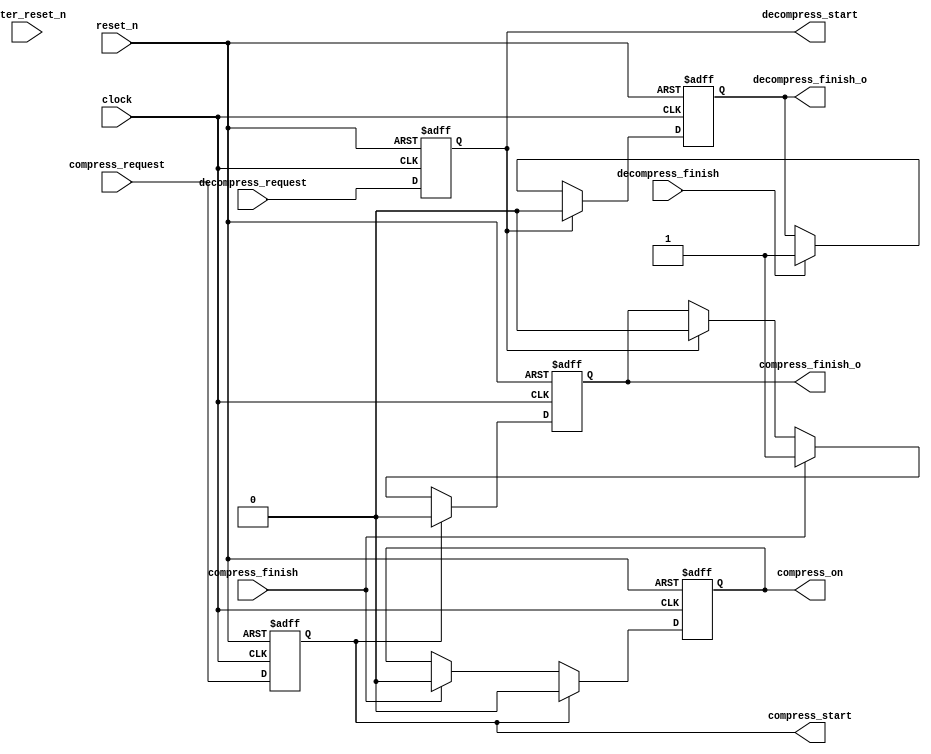
//=============================================================================
// Copyright(c) 2016 Lattice Semiconductor Corporation. All rights reserved. 
//=============================================================================
// Module:         compress_ctrl
// Content:        image frame decompress control module
//                 
// History:
// 2014-06-01:     Luke Wang        first edition.
//     
//=============================================================================

module compress_ctrl (
    clock,
    reset_n,
    inter_reset_n,   
    // compress process
    compress_request,
    compress_start,
    compress_on,
    compress_finish,
    compress_finish_o,
    // decompress process
    decompress_request,
    decompress_start,
    decompress_finish,
    decompress_finish_o
);

/* interface declaration */

input                                   clock;
input                                   reset_n;
input                                   inter_reset_n;   

input                                   compress_request;
output                                  compress_start;
output                                  compress_on;
input                                   compress_finish;
output                                  compress_finish_o;

input                                   decompress_request;
output                                  decompress_start;
input                                   decompress_finish;
output                                  decompress_finish_o;

/* wire-type signals definition */


/* reg-type signals definition */
reg                                     compress_start;
reg                                     compress_on;

reg                                     decompress_start;
reg                                     decompress_ready;

reg                                     compress_finish_o;
reg                                     decompress_finish_o;

// --------------------------------------------------------------------------------------

// --------------------------------------------
//
// compression control
//
// --------------------------------------------

always @ (posedge clock or negedge reset_n) begin
    if (~reset_n) begin
        compress_start <= 1'b0;
    end
    else begin
        compress_start <= compress_request;
    end
end

always @ (posedge clock or negedge reset_n) begin
    if (~reset_n) begin
        compress_on <= 1'b0;
    end
    else if (compress_start) begin
        //compress_on <= 1'b1;
        compress_on <= 1'b0;
    end
    else if (compress_finish) begin
        compress_on <= 1'b0;
    end
end

always @ (posedge clock or negedge reset_n) begin
    if (~reset_n) begin
        compress_finish_o <= 1'b0;
    end
    else if (compress_start) begin
        compress_finish_o <= 1'b0;
    end
    else if (compress_finish) begin
        compress_finish_o <= 1'b1;
    end
    else if (decompress_start) begin
        compress_finish_o <= 1'b0;
    end
end

// --------------------------------------------
//
// decompression control
//
// --------------------------------------------

always @ (posedge clock or negedge reset_n) begin
    if (~reset_n) begin
    //if (~inter_reset_n) begin
        decompress_ready <= 1'b0;
    end
    else if (compress_finish) begin
        decompress_ready <= 1'b1;
    end
end

always @ (posedge clock or negedge reset_n) begin
    if (~reset_n) begin
        decompress_start <= 1'b0;
    end
    //else if (decompress_ready) begin
    else begin
        decompress_start <= decompress_request;
    end
end

always @ (posedge clock or negedge reset_n) begin
    if (~reset_n) begin
        decompress_finish_o <= 1'b0;
    end
    else if (decompress_start) begin
        decompress_finish_o <= 1'b0;
    end
    else if (decompress_finish) begin
        decompress_finish_o <= 1'b1;
    end
end


// --------------------------------------------------------------------------------------
endmodule